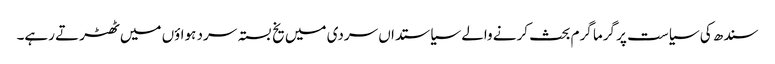
سندھ کی سیاست پر گرما گرم بحث کرنے والے سیاستداں سردی میں یخ بستہ سرد ہواؤں میں ٹھٹرتے رہے۔